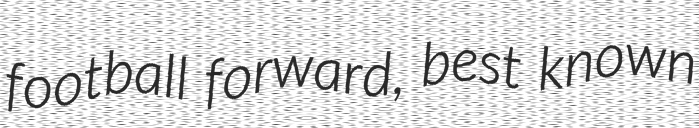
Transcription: football forward, best known